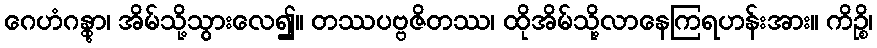
ဂေဟံဂန္တွာ၊ အိမ်သို့သွားလေ၍။ တဿပဗ္ဗဇိတဿ၊ ထိုအိမ်သို့လာနေကြရဟန်းအား။ ကိဉ္စိ၊